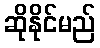
ဆိုနိုင်မည်